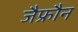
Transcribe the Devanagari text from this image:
जैफ्रौन